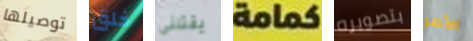
توصيلها خلق يقتلنى كمامة بتصويره الأمر